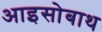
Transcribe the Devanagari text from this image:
आइसोबाथ